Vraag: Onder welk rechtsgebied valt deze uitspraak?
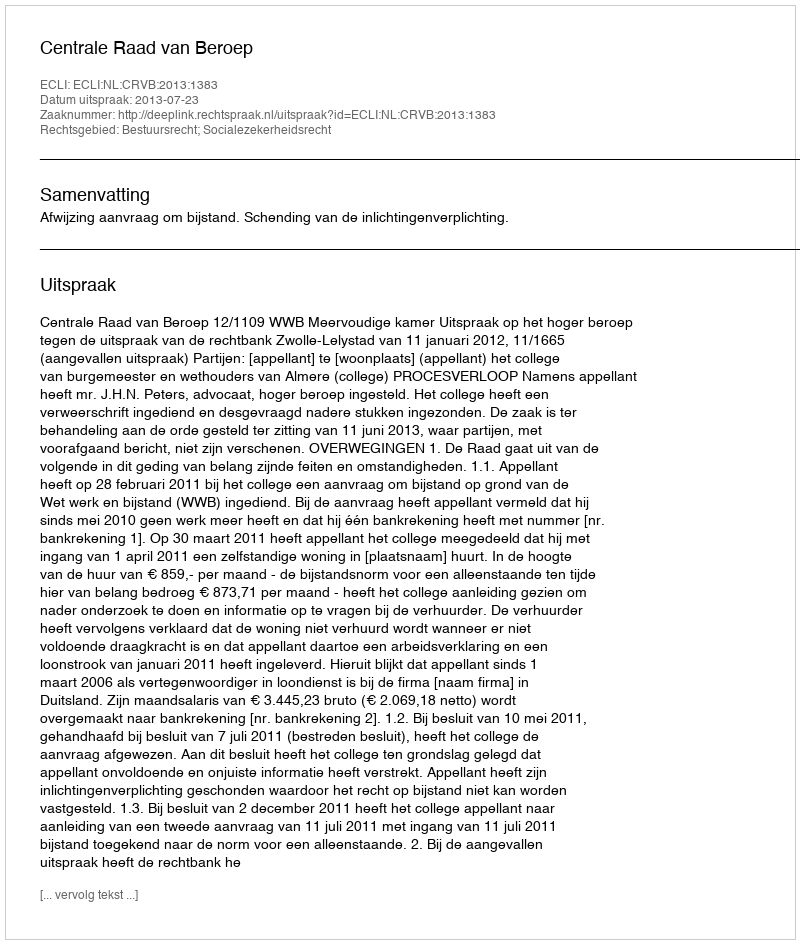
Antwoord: Bestuursrecht; Socialezekerheidsrecht